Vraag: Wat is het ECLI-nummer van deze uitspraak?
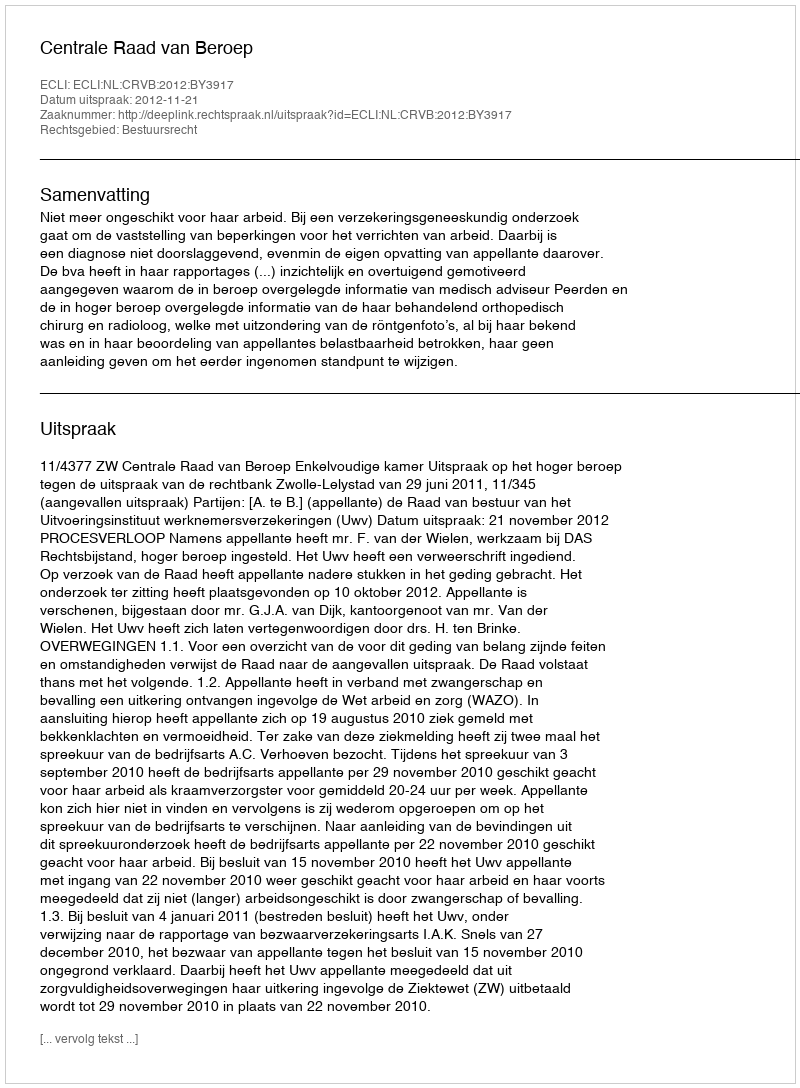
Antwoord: ECLI:NL:CRVB:2012:BY3917